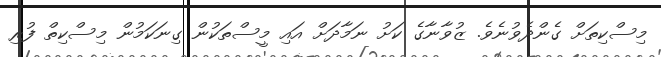
މިސްކިތަށް ގެންދެވުނެވެ. ޒުވާނާގެ ކަށު ނަމާދަށް އައި މީސްތަކުން ގިނަކަމުން މިސްކިތް ފުރި